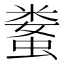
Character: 𱿻